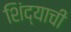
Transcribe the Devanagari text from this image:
शिंद्याची